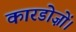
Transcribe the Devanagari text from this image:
कारडोज़ों।